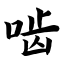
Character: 啮